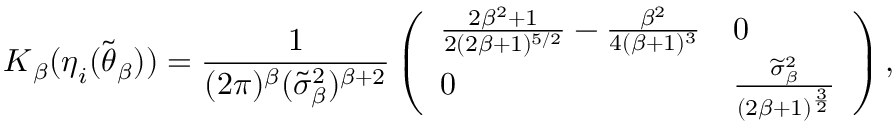
\boldsymbol { K } _ { \beta } ( \boldsymbol { \eta } _ { i } ( \widetilde { \boldsymbol { \theta } } _ { \beta } ) ) = \frac { 1 } { ( 2 \pi ) ^ { \beta } ( \widetilde { \sigma } _ { \beta } ^ { 2 } ) ^ { \beta + 2 } } \left( \begin{array} { l l } { \frac { 2 \beta ^ { 2 } + 1 } { 2 ( 2 \beta + 1 ) ^ { 5 / 2 } } - \frac { \beta ^ { 2 } } { 4 ( \beta + 1 ) ^ { 3 } } } & { 0 } \\ { 0 } & { \frac { \widetilde { \sigma } _ { \beta } ^ { 2 } } { ( 2 \beta + 1 ) ^ { \frac { 3 } { 2 } } } } \end{array} \right) ,